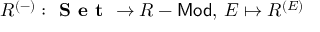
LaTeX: R ^ { ( - ) } : { \textbf { S e t } } \to R - { \mathsf { M o d } } , \, E \mapsto R ^ { ( E ) }